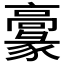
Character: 𩫞